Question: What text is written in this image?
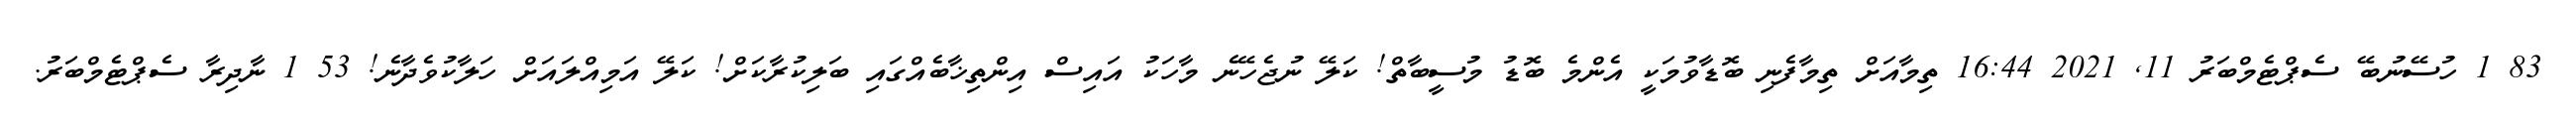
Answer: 83 1 ހުސޭނުބޭ ސެޕްޓެމްބަރު 11, 2021 16:44 ތިމާއަށް ތިމާފެނި ބޮޑާވުމަކީ އެންމެ ބޮޑު މުސީބާތް! ކަލޭ ނުޖެހޭނެ މާހަކު އައިސް އިންތިޚާބެއްގައި ބަލިކުރާކަށް! ކަލޭ އަމިއްލައަށް ހަލާކުވެދާނެ! 53 1 ނާދިރާ ސެޕްޓެމްބަރު.